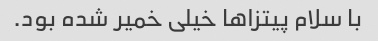
با سلام پیتزاها خیلی خمیر شده بود.